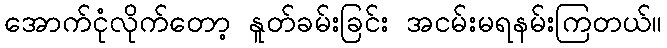
အောက်ငုံလိုက်တော့ နူတ်ခမ်းခြင်း အငမ်းမရနမ်းကြတယ်။